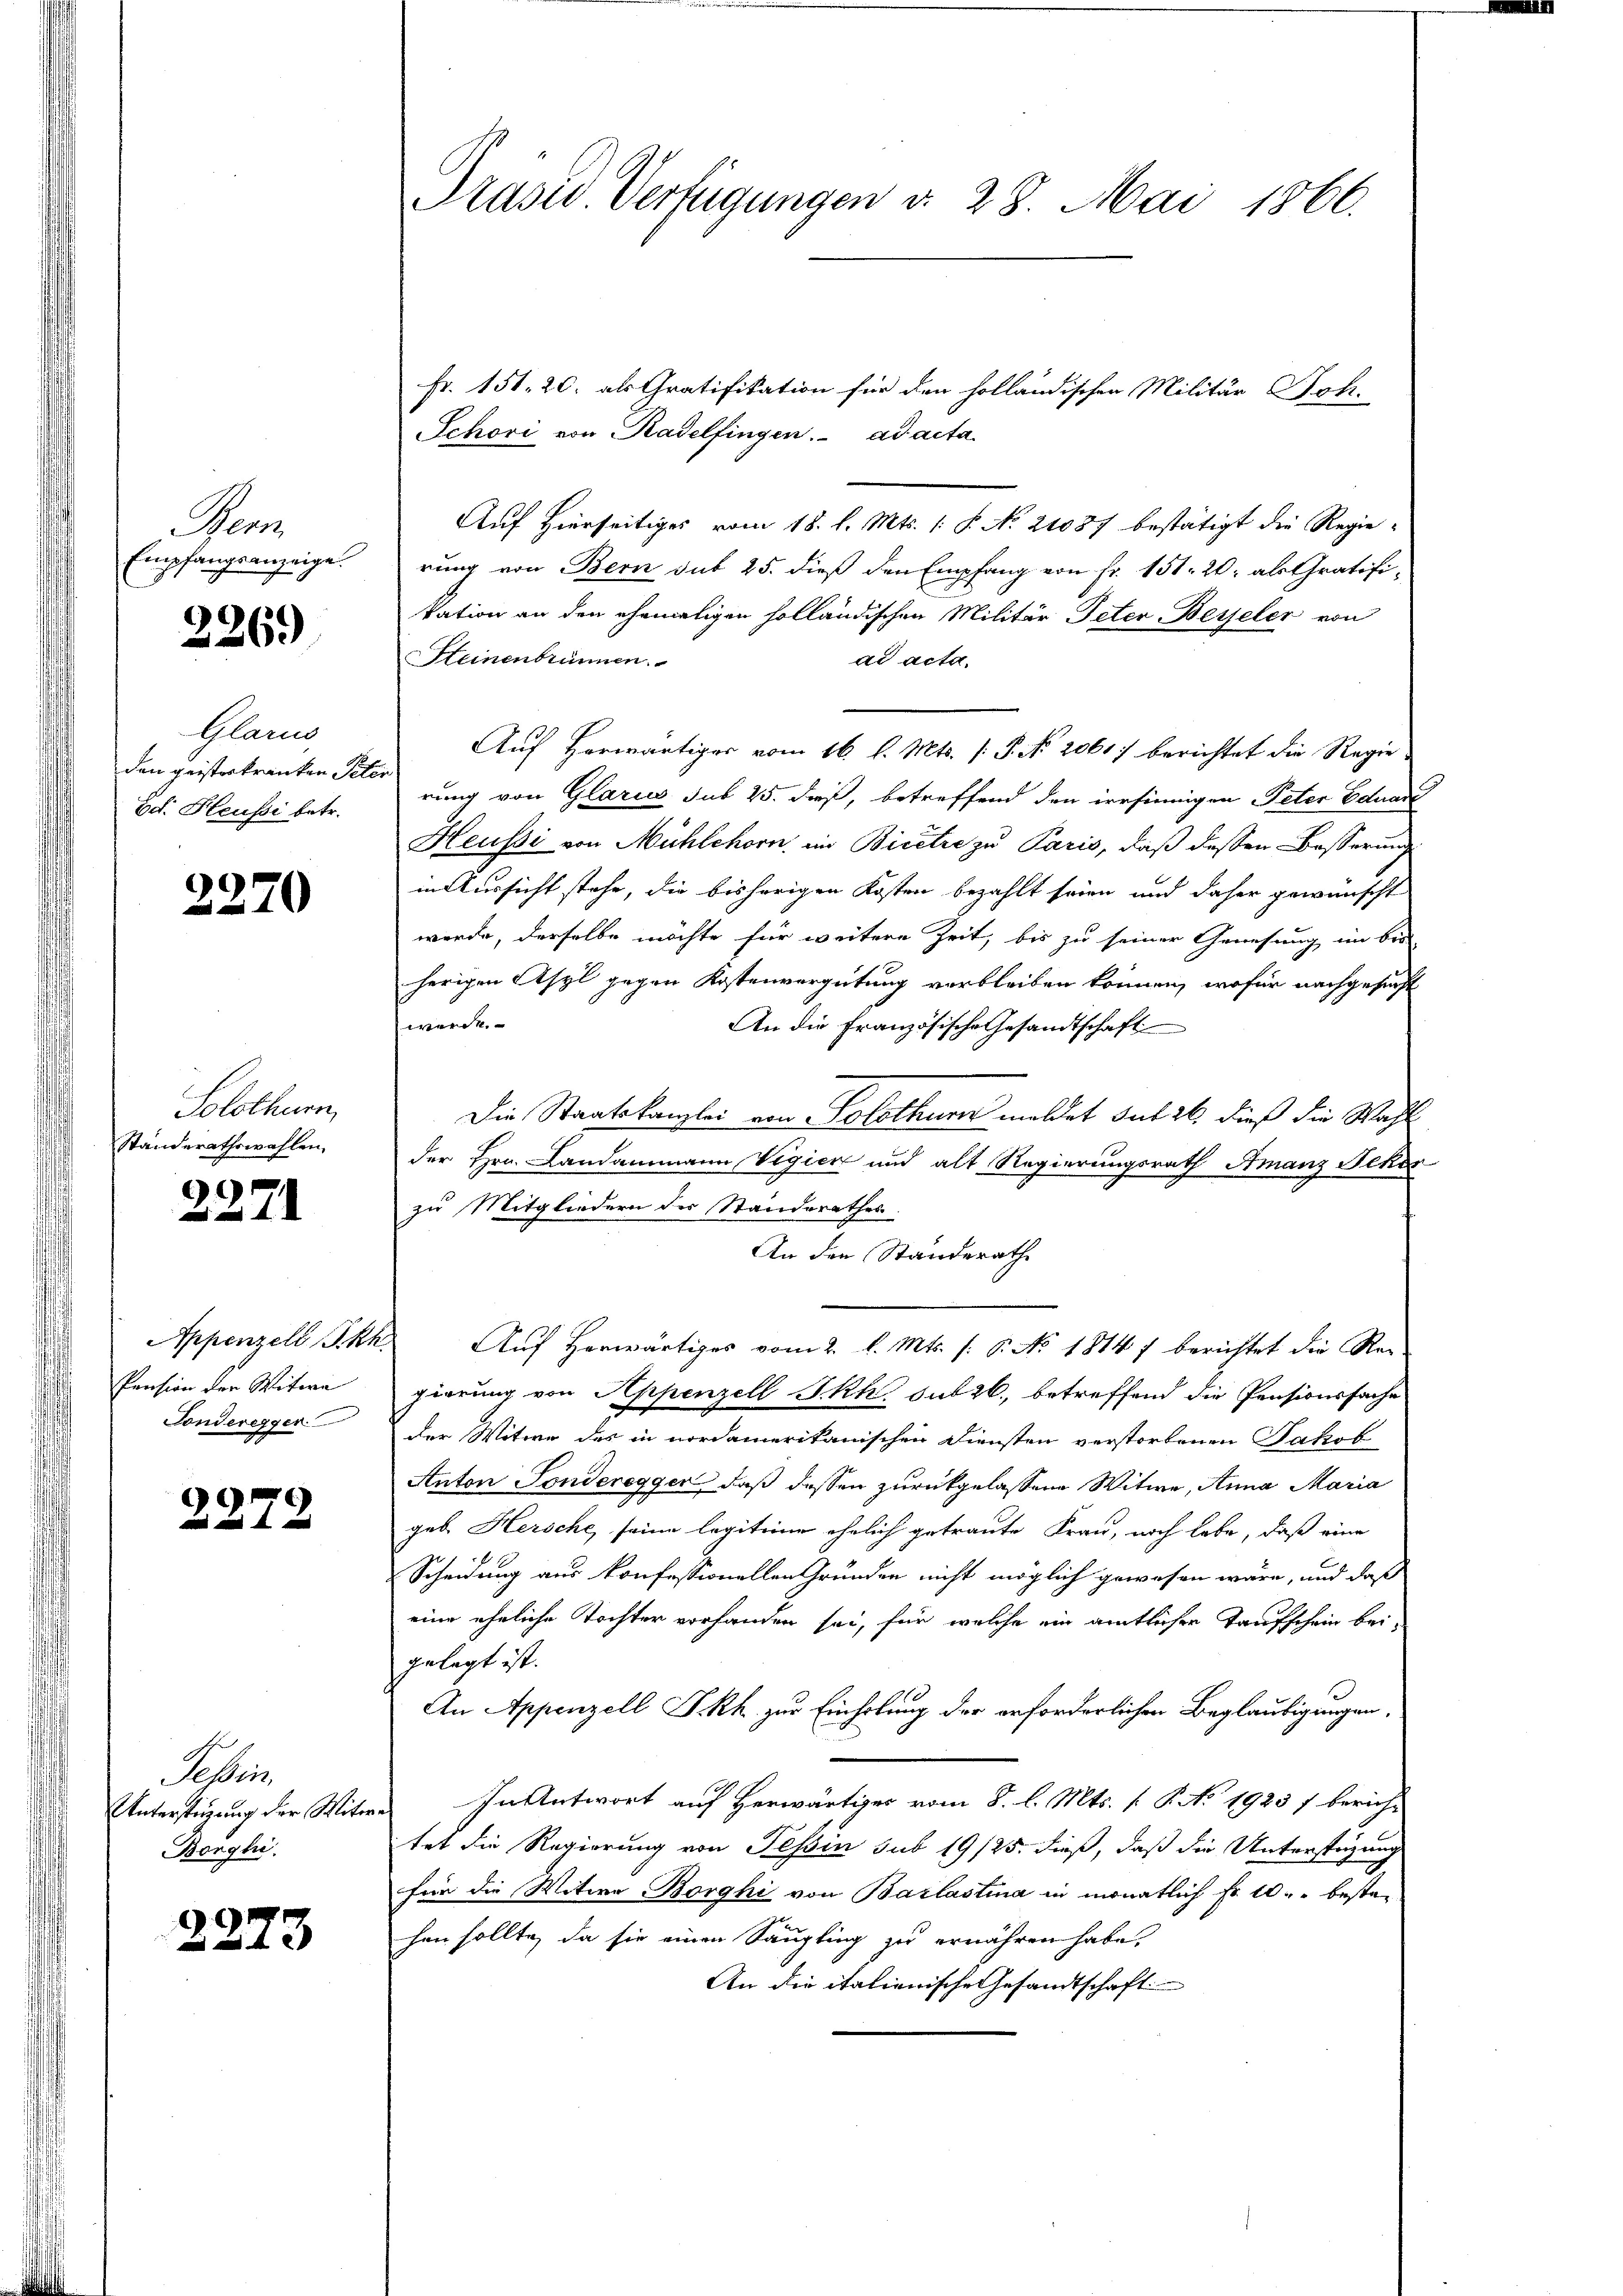
Gens
Empfangsanzeige.

226.)

Glarus
den geisterkranken Pete
Ed. Heussi betr.

3270

Solothurn,
Standerathswahlen.

c
4

Appenzell I.Rh.
Pension der Witwe
Tonderegger

2279

Febin.
Unterstützung der Witwe
Borghi

2273

Prasus Verfügungen d. 28. Mai 1866.

Fr. 151. 20. als Gratifikation für den holländischen Militär Joh.
Schori von Kadelfingen. ad acta
Auf Hierseitiges vom 18. d. Mts. 1 S. No 21087 bestätigt die Regierung von Bern sub 25. dieß den Empfang von Fr. 151. 20. als Gratifikation an den ehemaligen holländischen Militär Peter Beyseler von
Steinenbrunnen.
ad acta.
Auf herwärtiger vom 16. l. Mts. f. P. No. 2061) berichtet die Regierung von Glarus sub 25. dieß, betreffend den irrsinnigen Peter Eduade
Heussi von Mühlehorn, in Bicetze zu Paris, daß dessen Besserung
in Aussicht stehe, die bisherigen Kosten bezahlt seien und daher gewünscht
werde, derselbe möchte für weitere Zeit, bis zu seiner Genesung im bei
herigen Asyl gegen Kostenvergütung verbleiben können, wofür nachgesucht
werde.
An die Französische Gesandtschaft
Die Staatskanzlei von Solothurer meldet sub 26. dieß die Wahl
der Hrn. Landammann Vigier und alt Regierungsrath Amanz Fekor
zu Mitgliedern des Standerathes
An den Standerath
Auf Herwärtiges vom 2. l. Mts. (: P. No 1814 f berichtet die Re-
gierung von Appenzell I.Rh. sub 26, betreffend die Pensionssache
der Witwe des in nordamerikanischen Diensten verstorbenen Jakob
Anton Tonderegger, daß dessen zurückgelassene Witwe, Anna Maria
geb. Hersche, seine legitime ehelich getraute Frau, noch lebe, daß eine
Scheidung aus konfessionellen Gründen nicht möglich gewesen wäre, und daß
eine eheliche Tochter vorhanden sei, für welche ein amtlicher Taufschein bei,
gelegt ist.
An Appenzell I.Rh. zur Einholung der erforderlichen Beglaubigungen,
In Antwort auf Herwärtiger vom 8. l. Mts. [ P. No. 1925 f bericht
tet die Regierung von Tessin sub 19/25. dieß, daß die Unterstüzung
für die Witwe Borghi von Barlastina in monatlich Fr. 10. besten
hen sollte, da sie einen Säugling zu ernähren habe.
An die italienische Gesandtschaft